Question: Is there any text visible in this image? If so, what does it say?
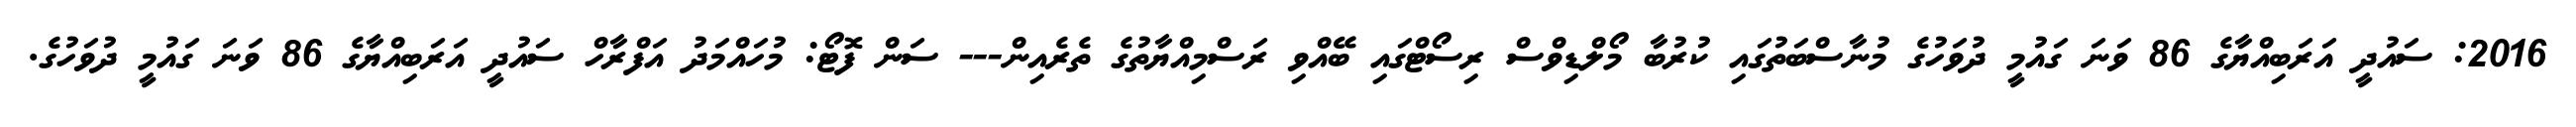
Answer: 2016: ސައުދީ އަރަބިއްޔާގެ 86 ވަނަ ގައުމީ ދުވަހުގެ މުނާސްބަތުގައި ކުރުބާ މޯލްޑިވްސް ރިސޯޓްގައި ބޭއްވި ރަސްމިއްޔާތުގެ ތެރެއިން--- ސަން ފޮޓޯ: މުހައްމަދު އަފްރާހް ސައުދީ އަރަބިއްޔާގެ 86 ވަނަ ގައުމީ ދުވަހުގެ.